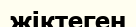
жіктеген